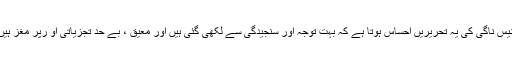
انیس ناگی کی یہ تحریریں احساس ہوتا ہے کہ بہت توجہ اور سنجیدگی سے لکھی گئی ہیں اور معیق ، بے حد تجزیاتی او رپر مغز ہیں۔